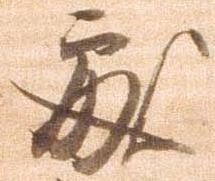
処